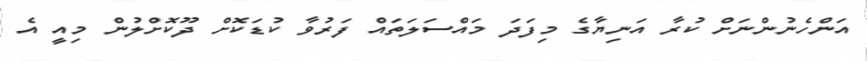
އަންހެނުންނަށް ކުރާ އަނިޔާގެ މިފަދަ މައްސަލަތައް ފަރުވާ ކުޑަކޮށް ދޫކޮށްލުން މިއީ އެ